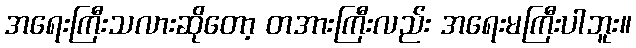
အရေးကြီးသလားဆိုတော့ တအားကြီးလည်း အရေးမကြီးပါဘူး။